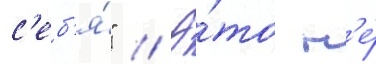
с'еб'я́" // Э́то н'е́